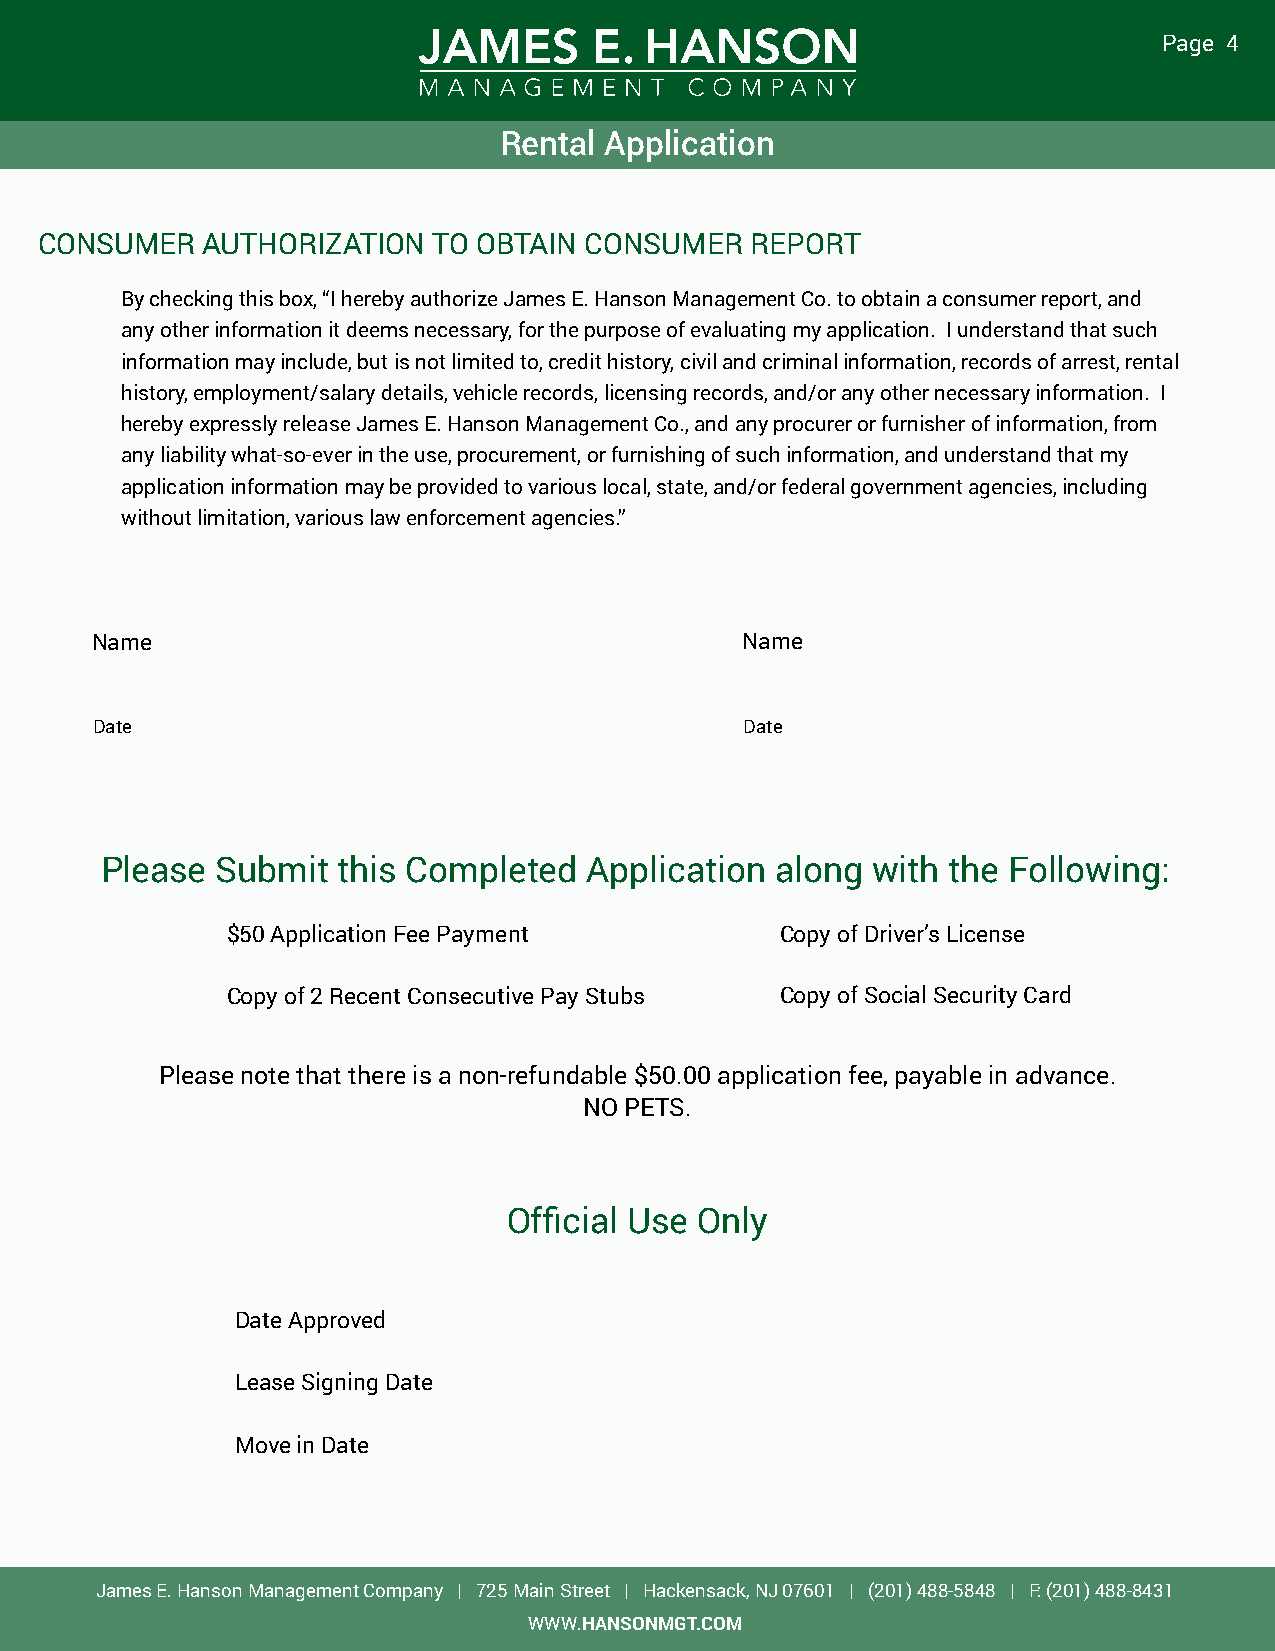
Page 4
 Rental Application
 CONSUMER   AUTHORIZATION   TO OBTAIN CONSUMER   REPORT
 By checking this box, “I hereby authorize James E. Hanson Management Co. to obtain a consumer report, and
 any other information it deems necessary, for the purpose of evaluating my application. I understand that such
 information may include, but is not limited to, credit history, civil and criminal information, records of arrest, rental
 history, employment/salary details, vehicle records, licensing records, and/or any other necessary information. I
 hereby expressly release James E. Hanson Management Co., and any procurer or furnisher of information, from
 any liability what-so-ever in the use, procurement, or furnishing of such information, and understand that my
 application information may be provided to various local, state, and/or federal government agencies, including
 without limitation, various law enforcement agencies.”
 Name                                       Name
 Date                                       Date
 Please Submit  this Completed   Application along  with the Following:
 $50 Application Fee Payment          Copy of Driver’s License
 Copy of 2 Recent Consecutive Pay Stubs Copy of Social Security Card
 Please note that there is a non-refundable $50.00 application fee, payable in advance.
 NO PETS.
 Official Use Only
 Date Approved
 Lease Signing Date
 Move in Date
 James E. Hanson Management Company | 725 Main Street | Hackensack, NJ 07601 | (201) 488-5848 | F: (201) 488-8431
 WWW.HANSONMGT.COM